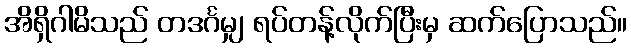
အိရှိဂါမိသည် တဒင်္ဂမျှ ရပ်တန့်လိုက်ပြီးမှ ဆက်ပြောသည်။